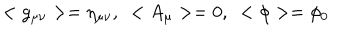
< g _ { \mu \nu } > = \eta _ { \mu \nu } , \, \, \, < A _ { \mu } > = 0 , \, \, \, < \phi > = \phi _ { 0 }